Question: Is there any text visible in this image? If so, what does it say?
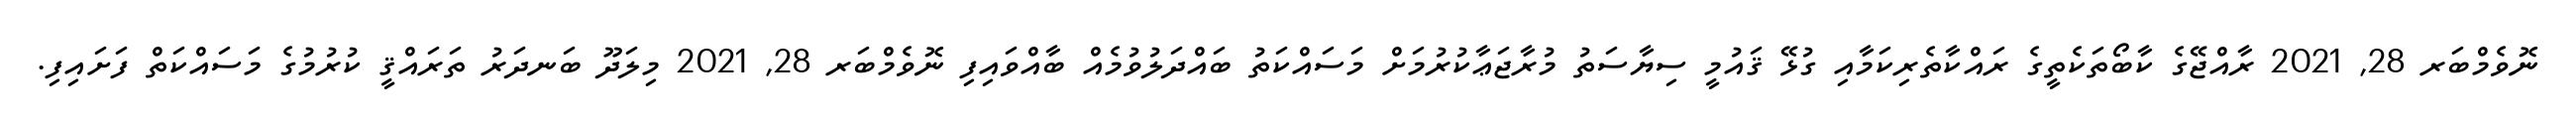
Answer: ނޮވެމްބަރ 28, 2021 ރާއްޖޭގެ ކާބޯތަކެތީގެ ރައްކާތެރިކަމާއި ގުޅޭ ޤައުމީ ސިޔާސަތު މުރާޖަޢާކުރުމަށް މަސައްކަތު ބައްދަލުވުމެއް ބާއްވައިފި ނޮވެމްބަރ 28, 2021 މިލަދޫ ބަނދަރު ތަރައްޤީ ކުރުމުގެ މަސައްކަތް ފަށައިފި.